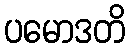
ပမောဒတိ